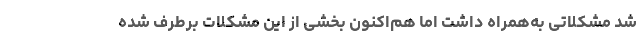
شد مشکلاتی به‌همراه داشت اما هم‌اکنون بخشی از این مشکلات برطرف شده